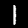
Digit: 1